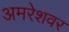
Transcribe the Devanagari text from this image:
अमरेशवर